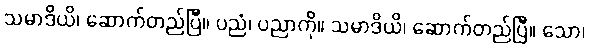
သမာဒိယိ၊ ဆောက်တည်ပြီ။ ပညံ၊ ပညာကို။ သမာဒိယိ၊ ဆောက်တည်ပြီ။ သော၊